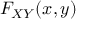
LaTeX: F _ { X Y } ( x , y )